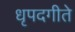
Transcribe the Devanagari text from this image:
धृपदगीते